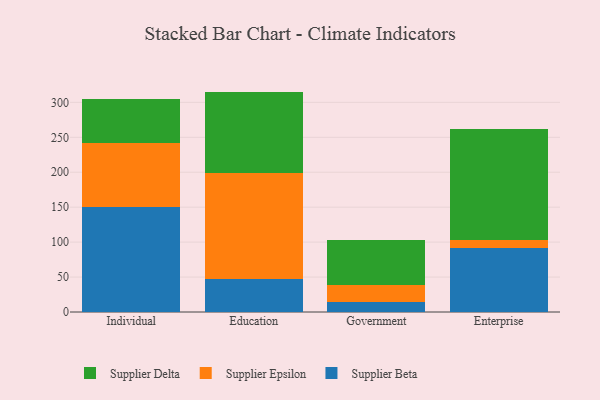
{"axis": {"x": "Segment", "y": "Gross Profit (USD K)"}, "legend": ["Supplier Beta", "Supplier Delta", "Supplier Epsilon"], "data": [{"x": "Individual", "y": 150.3, "type": "Supplier Beta"}, {"x": "Individual", "y": 90.9, "type": "Supplier Epsilon"}, {"x": "Individual", "y": 63.9, "type": "Supplier Delta"}, {"x": "Education", "y": 47.8, "type": "Supplier Beta"}, {"x": "Education", "y": 151.1, "type": "Supplier Epsilon"}, {"x": "Education", "y": 116.5, "type": "Supplier Delta"}, {"x": "Government", "y": 13.7, "type": "Supplier Beta"}, {"x": "Government", "y": 24.5, "type": "Supplier Epsilon"}, {"x": "Government", "y": 64.3, "type": "Supplier Delta"}, {"x": "Enterprise", "y": 91.4, "type": "Supplier Beta"}, {"x": "Enterprise", "y": 12.0, "type": "Supplier Epsilon"}, {"x": "Enterprise", "y": 158.2, "type": "Supplier Delta"}]}